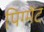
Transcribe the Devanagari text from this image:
पिग्मेंट